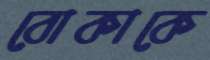
বোকাকে